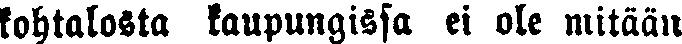
kohtalosta kaupungissa ei ole mitään